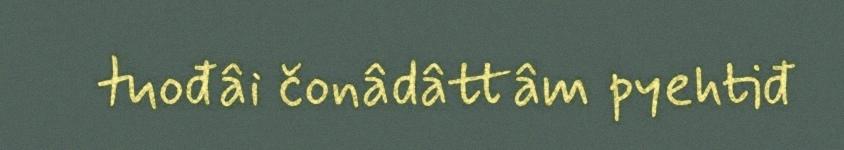
tuođâi čonâdâttâm pyehtiđ